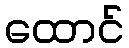
ထောင်